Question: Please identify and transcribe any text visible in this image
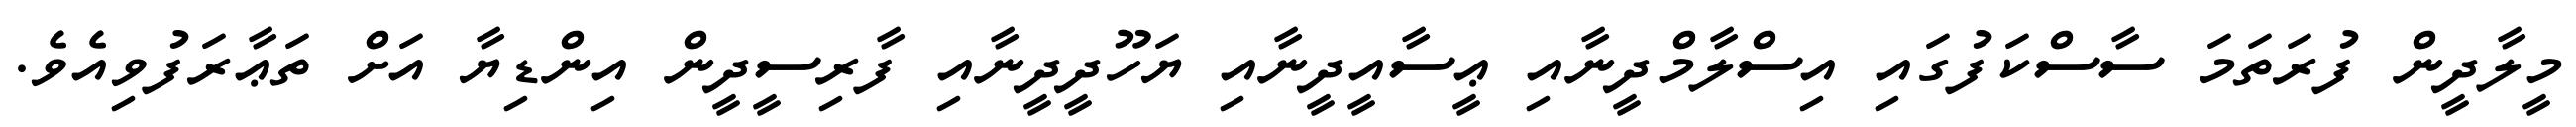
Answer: މީލާދީން ފުރަތަމަ ސާސްކަފުގައި އިސްލާމްދީނާއި ޢީސާއީދީނާއި ޔަހޫދީދީނާއި ފާރިސީދީން އިންޑިޔާ އަށް ތަޢާރަފުވިއެވެ.